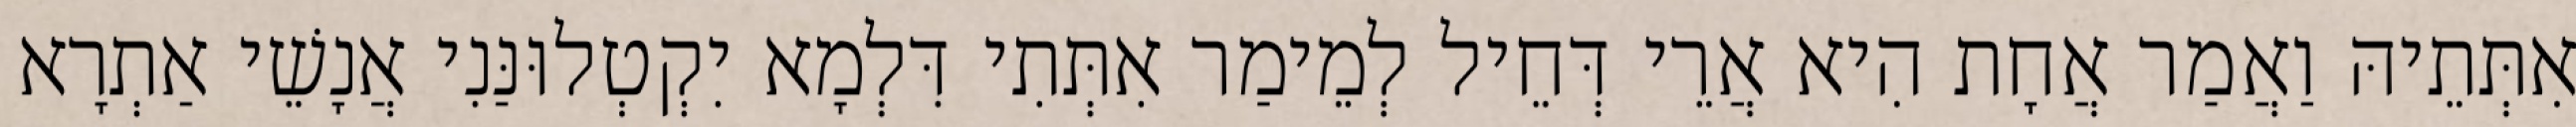
אִתְּתֵיהּ וַאֲמַר אֲחָת הִיא אֲרֵי דְּחֵיל לְמֵימַר אִתְּתִי דִּלְמָא יִקְטְלוּנַּנִי אֲנָשֵׁי אַתְרָא